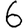
Digit: 6